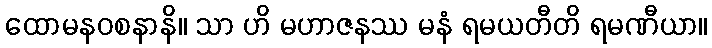
ထောမနဝစနာနိ။ သာ ဟိ မဟာဇနဿ မနံ ရမယတီတိ ရမဏီယာ။